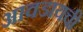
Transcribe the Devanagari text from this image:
आवडायची